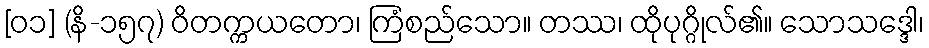
[၀၁] (နိ-၁၅၇) ဝိတက္ကယတော၊ ကြံစည်သော။ တဿ၊ ထိုပုဂ္ဂိုလ်၏။ သောသဒ္ဒေါ၊